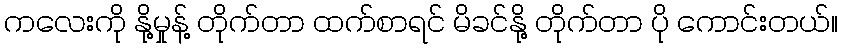
ကလေးကို နို့မှုန့် တိုက်တာ ထက်စာရင် မိခင်နို့ တိုက်တာ ပို ကောင်းတယ်။